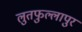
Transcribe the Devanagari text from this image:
लुतफुल्लापुर